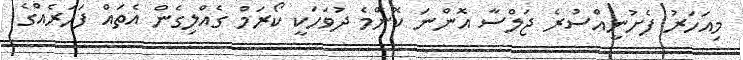
މިއަހަރު ފެށުނީއްސުރެ ޖަލްސާ އޮންނަ ކޮންމެ ދުވަހަކީ ކޯރަމް ގެއްލިގެން އެތައް ފަހަރެއްގެ